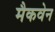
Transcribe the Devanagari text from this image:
मैकवेन